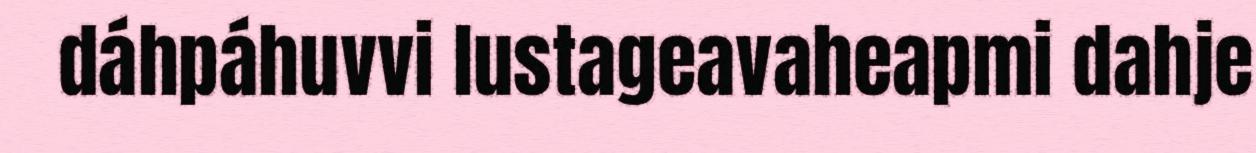
dáhpáhuvvi lustageavaheapmi dahje